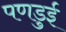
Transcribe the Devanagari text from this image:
पणडुई